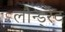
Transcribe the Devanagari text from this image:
लौन्ड्रेट